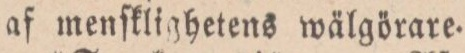
af menſklighetens wälgörare.